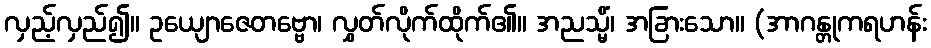
လှည့်လှည်၍။ ဥယျောဇေတဗ္ဗော၊ လွှတ်လိုက်ထိုက်၏။ အညသ္မိံ၊ အခြားသော။ (အာဂန္တုကရဟန်း